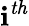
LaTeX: \mathbf{i}^{\mathit{{th}}}